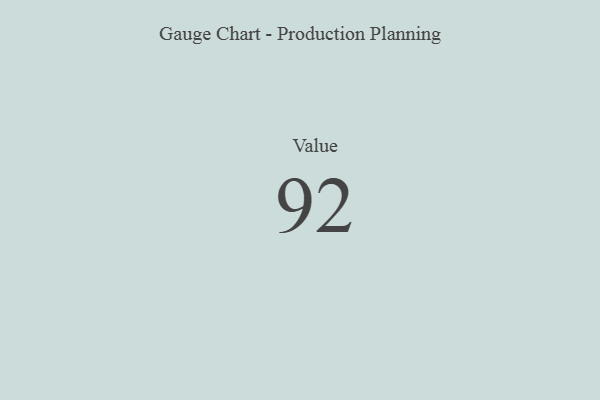
{"axis": {"x": "Metric", "y": "Value"}, "legend": [""], "data": [{"x": "Value", "y": 92, "type": ""}]}